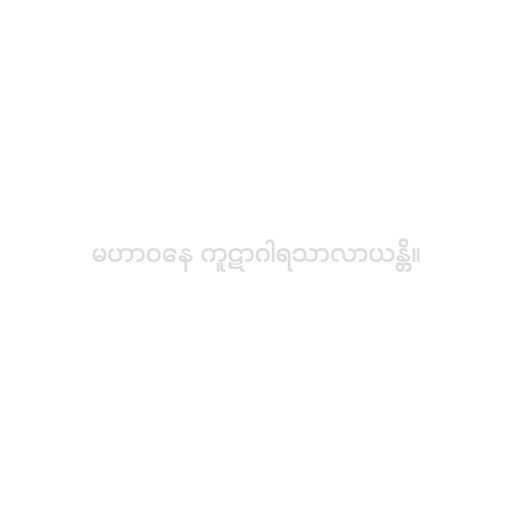
မဟာဝနေ ကူဋာဂါရသာလာယန္တိ။